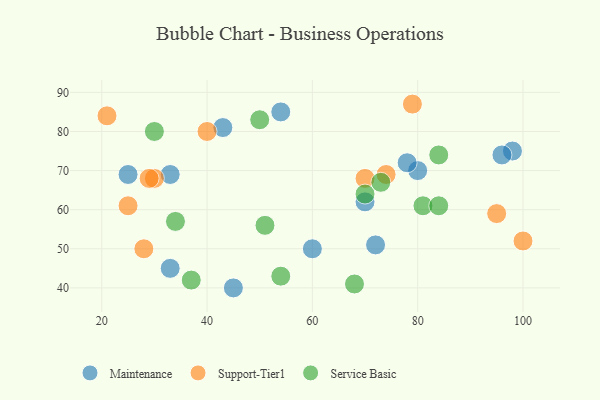
{"axis": {"x": "GDP", "y": "Life Expectancy"}, "legend": ["Maintenance", "Service Basic", "Support-Tier1"], "data": [{"x": "25", "y": 69, "type": "Maintenance"}, {"x": "70", "y": 62, "type": "Maintenance"}, {"x": "80", "y": 70, "type": "Maintenance"}, {"x": "54", "y": 85, "type": "Maintenance"}, {"x": "33", "y": 69, "type": "Maintenance"}, {"x": "60", "y": 50, "type": "Maintenance"}, {"x": "45", "y": 40, "type": "Maintenance"}, {"x": "98", "y": 75, "type": "Maintenance"}, {"x": "43", "y": 81, "type": "Maintenance"}, {"x": "33", "y": 45, "type": "Maintenance"}, {"x": "72", "y": 51, "type": "Maintenance"}, {"x": "78", "y": 72, "type": "Maintenance"}, {"x": "96", "y": 74, "type": "Maintenance"}, {"x": "74", "y": 69, "type": "Support-Tier1"}, {"x": "25", "y": 61, "type": "Support-Tier1"}, {"x": "30", "y": 68, "type": "Support-Tier1"}, {"x": "29", "y": 68, "type": "Support-Tier1"}, {"x": "28", "y": 50, "type": "Support-Tier1"}, {"x": "70", "y": 68, "type": "Support-Tier1"}, {"x": "100", "y": 52, "type": "Support-Tier1"}, {"x": "95", "y": 59, "type": "Support-Tier1"}, {"x": "40", "y": 80, "type": "Support-Tier1"}, {"x": "79", "y": 87, "type": "Support-Tier1"}, {"x": "21", "y": 84, "type": "Support-Tier1"}, {"x": "68", "y": 41, "type": "Service Basic"}, {"x": "34", "y": 57, "type": "Service Basic"}, {"x": "84", "y": 74, "type": "Service Basic"}, {"x": "81", "y": 61, "type": "Service Basic"}, {"x": "30", "y": 80, "type": "Service Basic"}, {"x": "84", "y": 61, "type": "Service Basic"}, {"x": "50", "y": 83, "type": "Service Basic"}, {"x": "51", "y": 56, "type": "Service Basic"}, {"x": "70", "y": 64, "type": "Service Basic"}, {"x": "37", "y": 42, "type": "Service Basic"}, {"x": "54", "y": 43, "type": "Service Basic"}, {"x": "73", "y": 67, "type": "Service Basic"}]}